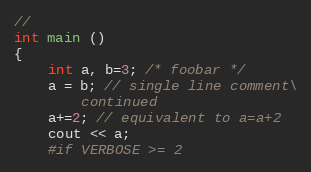
Language: C++
//
int main ()
{
    int a, b=3; /* foobar */
    a = b; // single line comment\
        continued
    a+=2; // equivalent to a=a+2
    cout << a;
    #if VERBOSE >= 2